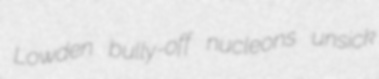
Lowden bully-off nucleons unsick